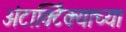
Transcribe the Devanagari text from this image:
अंटार्क्टिक्याच्या